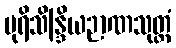
ပုရိသိန္ဒြိယဉာဏသုတ္တံ